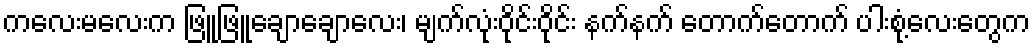
ကလေးမလေးက ဖြူဖြူချောချောလေး၊ မျက်လုံးဝိုင်းဝိုင်း နက်နက် တောက်တောက် ပါးစုံ့လေးတွေက